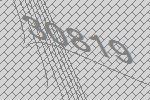
30819